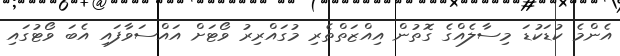
އެންމެ ކުޑަކުޑަ މިސާލެއްގެ ގޮތުން އިއްޒަތްތެރި މުގައްރިރު ވޯޓަށް އައްސަވާފައި އެބަ ވޯޓުގައި